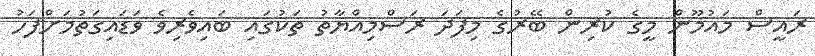
ރައީސް މައުމޫން މީގެ ކުރިން ބޭރުގެ މިފަދަ ރަސްމިއްޔާތު ތަކުގައި ބައިވެރިވެ ވަޑައިގަތުމަށްފަހު